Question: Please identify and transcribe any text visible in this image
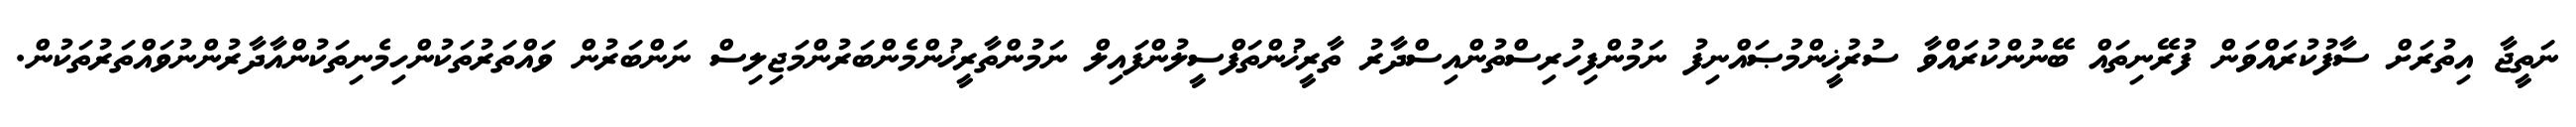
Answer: ނަތީޖާ އިތުރަށް ސާފުކުރައްވަން ފުރޭނިތައް ބޭނުންކުރައްވާ ސުރުޚީންމުޞައްނިފު ނަމުންފިހުރިސްތުންއިސްދާރު ތާރީޚުންތަފްސީލުންފައިލް ނަމުންތާރީޚުންމެންބަރުންމަޖިލިސް ނަންބަރުން ވައްތަރުތަކުންހިމެނިތަކުންއާދާރުންނުވައްތަރުތަކުން.